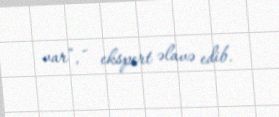
var”, - ekspert əlavə edib.